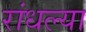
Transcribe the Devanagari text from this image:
रांधल्या